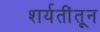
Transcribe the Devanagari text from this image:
शर्यतींतून